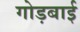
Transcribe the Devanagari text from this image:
गोड़बाई